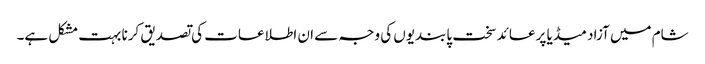
شام میں آزاد میڈیا پر عائد سخت پابندیوں کی وجہ سے ان اطلاعات کی تصدیق کرنا بہت مشکل ہے۔